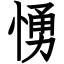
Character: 愑